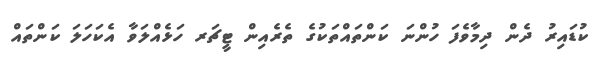
ކުޑައިރު ދެން ދިމާވެފަ ހުންނަ ކަންތައްތަކުގެ ތެރެއިން ޓީޗަރ ހަޅެއްލަވާ އެކަހަލަ ކަންތައް